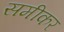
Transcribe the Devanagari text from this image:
समीकर